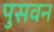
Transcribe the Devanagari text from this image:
पुसवन